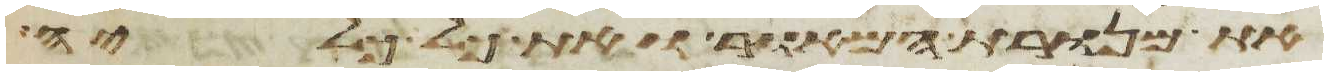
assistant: את מנורת המאור ואת כל כליה